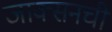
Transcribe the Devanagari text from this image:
जाक्सनची